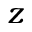
z